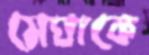
মেঘাকে